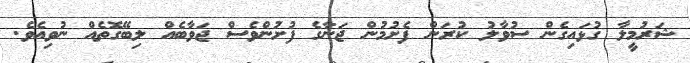
ޝަރުމީލާ ގުޅައިގެން ސުވާލު ކުރަން ފެށުމުން ޖަނާގެ ފުށުންވެސް ޖަވާބެއް ލިބޭގޮތެއް ނުވިއެވެ.